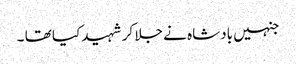
جنہیں بادشاہ نے جلا کر شہید کیا تھا ۔